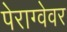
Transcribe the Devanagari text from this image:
पेराग्वेवर